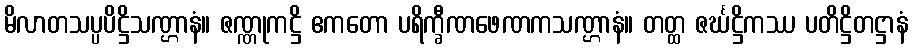
မိလာတသပ္ပပိဋ္ဌိသဏ္ဌာနံ။ ဇဏ္ဏုကဋ္ဌိ ဧကတော ပရိက္ခီဏဖေဏကသဏ္ဌာနံ။ တတ္ထ ဇင်္ဃဋ္ဌိကဿ ပတိဋ္ဌိတဋ္ဌာနံ